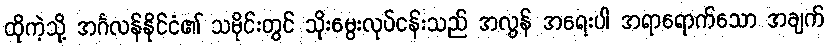
ထိုကဲ့သို့ အင်္ဂလန်နိုင်ငံ၏ သမိုင်းတွင် သိုးမွေးလုပ်ငန်းသည် အလွန် အရေးပါ အရာရောက်သော အချက်